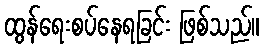
ထွန်ရေးစပ်နေရခြင်း ဖြစ်သည်။